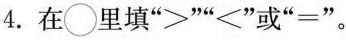
4.在 \bigcirc 里填“>”“＜”或”=”。